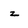
Character: z